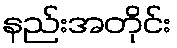
နည်းအတိုင်း